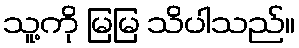
သူ့ကို မြမြ သိပါသည်။